Studies on the mouth parts a Comparative anatomy of the proboscis in the blood-sucking muscidae - Number 60
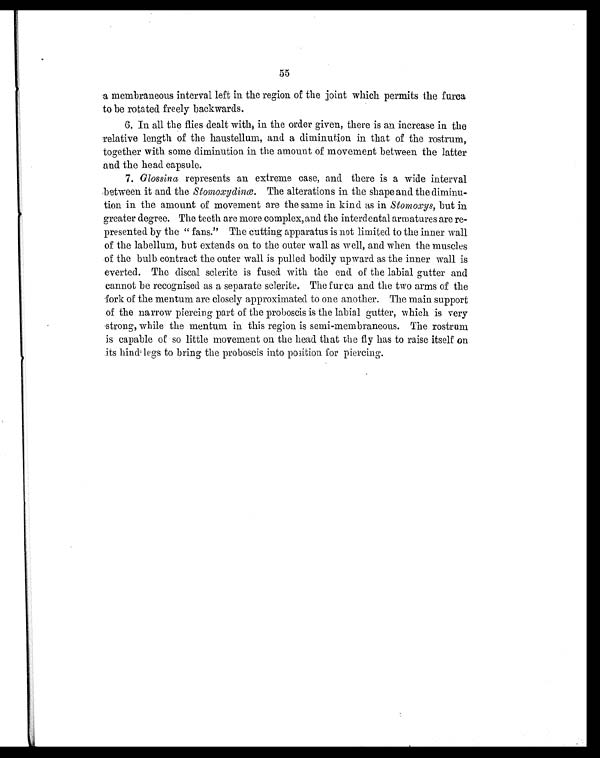
55
a membraneous interval left in the region of the joint which permits the furca
to be rotated freely backwards.
6. In all the flies dealt with, in the order given, there is an increase in the
relative length of the haustellum, and a diminution in that of the rostrum,
together with some diminution in the amount of movement between the latter
and the head capsule.
7. Glossina represents an extreme case, and there is a wide interval
between it and the Stomoxydinæ. The alterations in the shape and the diminu-
tion in the amount of movement are the same in kind as in Stomoxys, but in
greater degree. The teeth are more complex, and the interdental armatures are re-
presented by the "fans." The cutting apparatus is not limited to the inner wall
of the labellum, but extends on to the outer wall as well, and when the muscles
of the bulb contract the outer wall is pulled bodily upward as the inner wall is
everted. The discal sclerite is fused with the end of the labial gutter and
cannot be recognised as a separate sclerite. The furca and the two arms of the
fork of the mentum are closely approximated to one another. The main support
of the narrow piercing part of the proboscis is the labial gutter, which is very
strong, while the mentum in this region is semi-membraneous. The rostrum
is capable of so little movement on the head that the fly has to raise itself on
its hind legs to bring the proboscis into position for piercing.